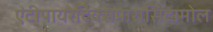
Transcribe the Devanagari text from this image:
एंटीपायरेटिक्सपारासिटामोल